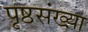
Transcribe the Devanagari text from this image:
पृष्ठसंख्य़ा